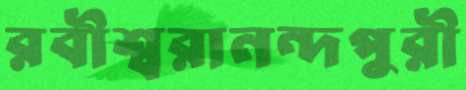
রবীশ্বরানন্দপুরী